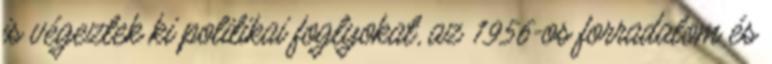
is végeztek ki politikai foglyokat, az 1956-os forradalom és